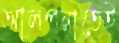
আলপনাতেই